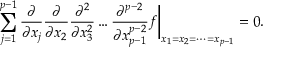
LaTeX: \sum _ { j = 1 } ^ { p - 1 } \frac { \partial } { \partial x _ { j } } \frac { \partial } { \partial x _ { 2 } } \frac { \partial ^ { 2 } } { \partial x _ { 3 } ^ { 2 } } \dots \frac { \partial ^ { p - 2 } } { \partial x _ { p - 1 } ^ { p - 2 } } f \biggr | _ { x _ { 1 } = x _ { 2 } = \dots = x _ { p - 1 } } = 0 .